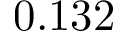
0 . 1 3 2